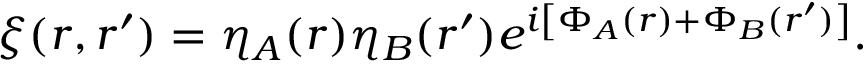
\xi ( \boldsymbol { r } , \boldsymbol { r } ^ { \prime } ) = \eta _ { A } ( \boldsymbol { r } ) \eta _ { B } ( \boldsymbol { r } ^ { \prime } ) e ^ { i \left[ \Phi _ { A } ( \boldsymbol { r } ) + \Phi _ { B } ( \boldsymbol { r } ^ { \prime } ) \right] } .